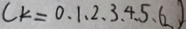
( k = 0 、 1 、 2 、 3 、 4 、 5 、 6 )